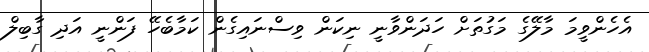
އެހެންވީމަ މާލޭގެ މަގުތަށް ހަދަންވާނީ ނިކަން ވިސްނައިގެން ކަމާބެހޭ ފަންނީ އަދި ގާބިލް